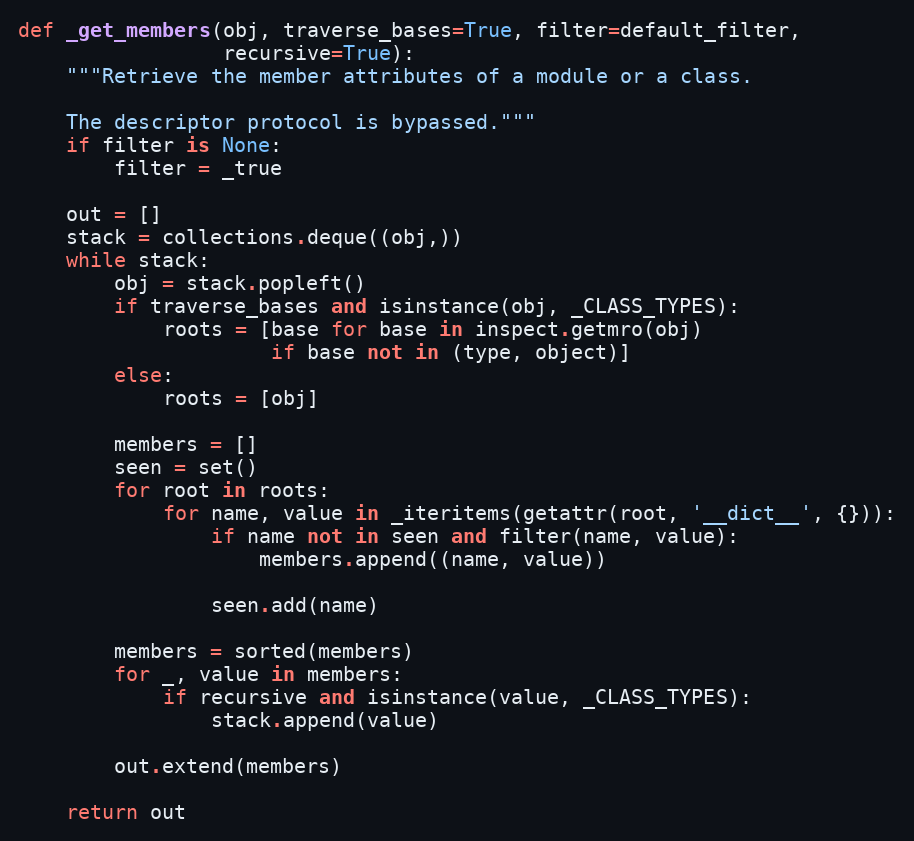
Language: Python
def _get_members(obj, traverse_bases=True, filter=default_filter,
                 recursive=True):
    """Retrieve the member attributes of a module or a class.

    The descriptor protocol is bypassed."""
    if filter is None:
        filter = _true

    out = []
    stack = collections.deque((obj,))
    while stack:
        obj = stack.popleft()
        if traverse_bases and isinstance(obj, _CLASS_TYPES):
            roots = [base for base in inspect.getmro(obj)
                     if base not in (type, object)]
        else:
            roots = [obj]

        members = []
        seen = set()
        for root in roots:
            for name, value in _iteritems(getattr(root, '__dict__', {})):
                if name not in seen and filter(name, value):
                    members.append((name, value))

                seen.add(name)

        members = sorted(members)
        for _, value in members:
            if recursive and isinstance(value, _CLASS_TYPES):
                stack.append(value)

        out.extend(members)

    return out